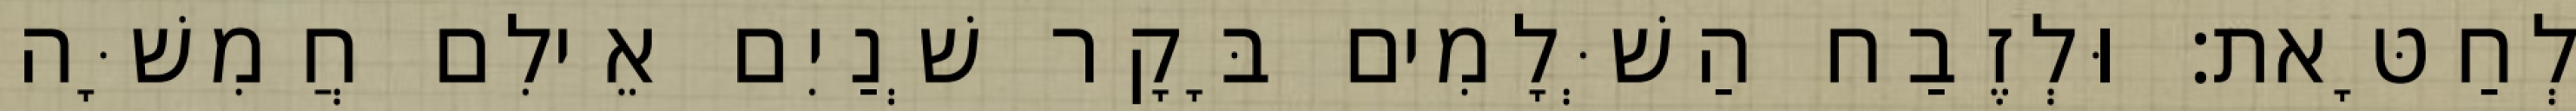
לְחַטָּאת׃ וּלְזֶבַח הַשְּׁלָמִים בָּקָר שְׁנַיִם אֵילִם חֲמִשָּׁה